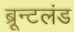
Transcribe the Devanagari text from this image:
ब्रून्टलंड